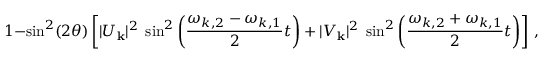
1 - \sin ^ { 2 } ( 2 \theta ) \left[ | U _ { { \bf k } } | ^ { 2 } \; \sin ^ { 2 } \left( \frac { \omega _ { k , 2 } - \omega _ { k , 1 } } { 2 } t \right) + | V _ { { \bf k } } | ^ { 2 } \; \sin ^ { 2 } \left( \frac { \omega _ { k , 2 } + \omega _ { k , 1 } } { 2 } t \right) \right] \, ,